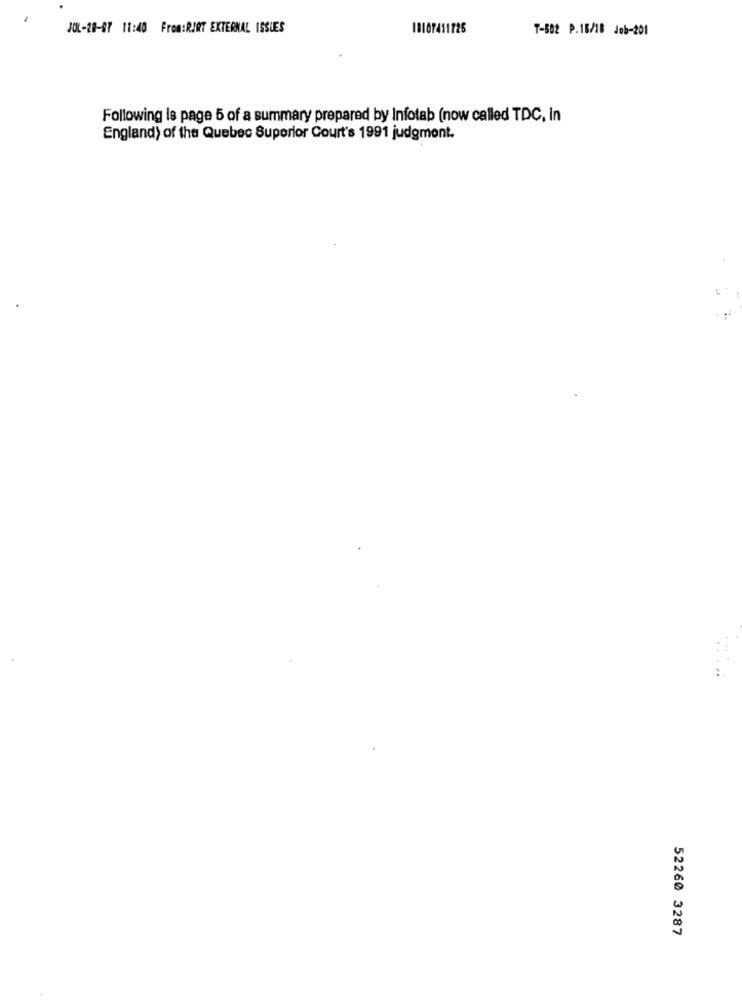
JOL-28-87 11:40 From:RIAT EXTERNAL ISSUES
19107451726
T-502 P.16/18 Job-201
Following is page 5 of a summary prepared by Infotab (now called TDC, in
England) of the Quebec Superior Court's 1991 judgment.
52260 3287